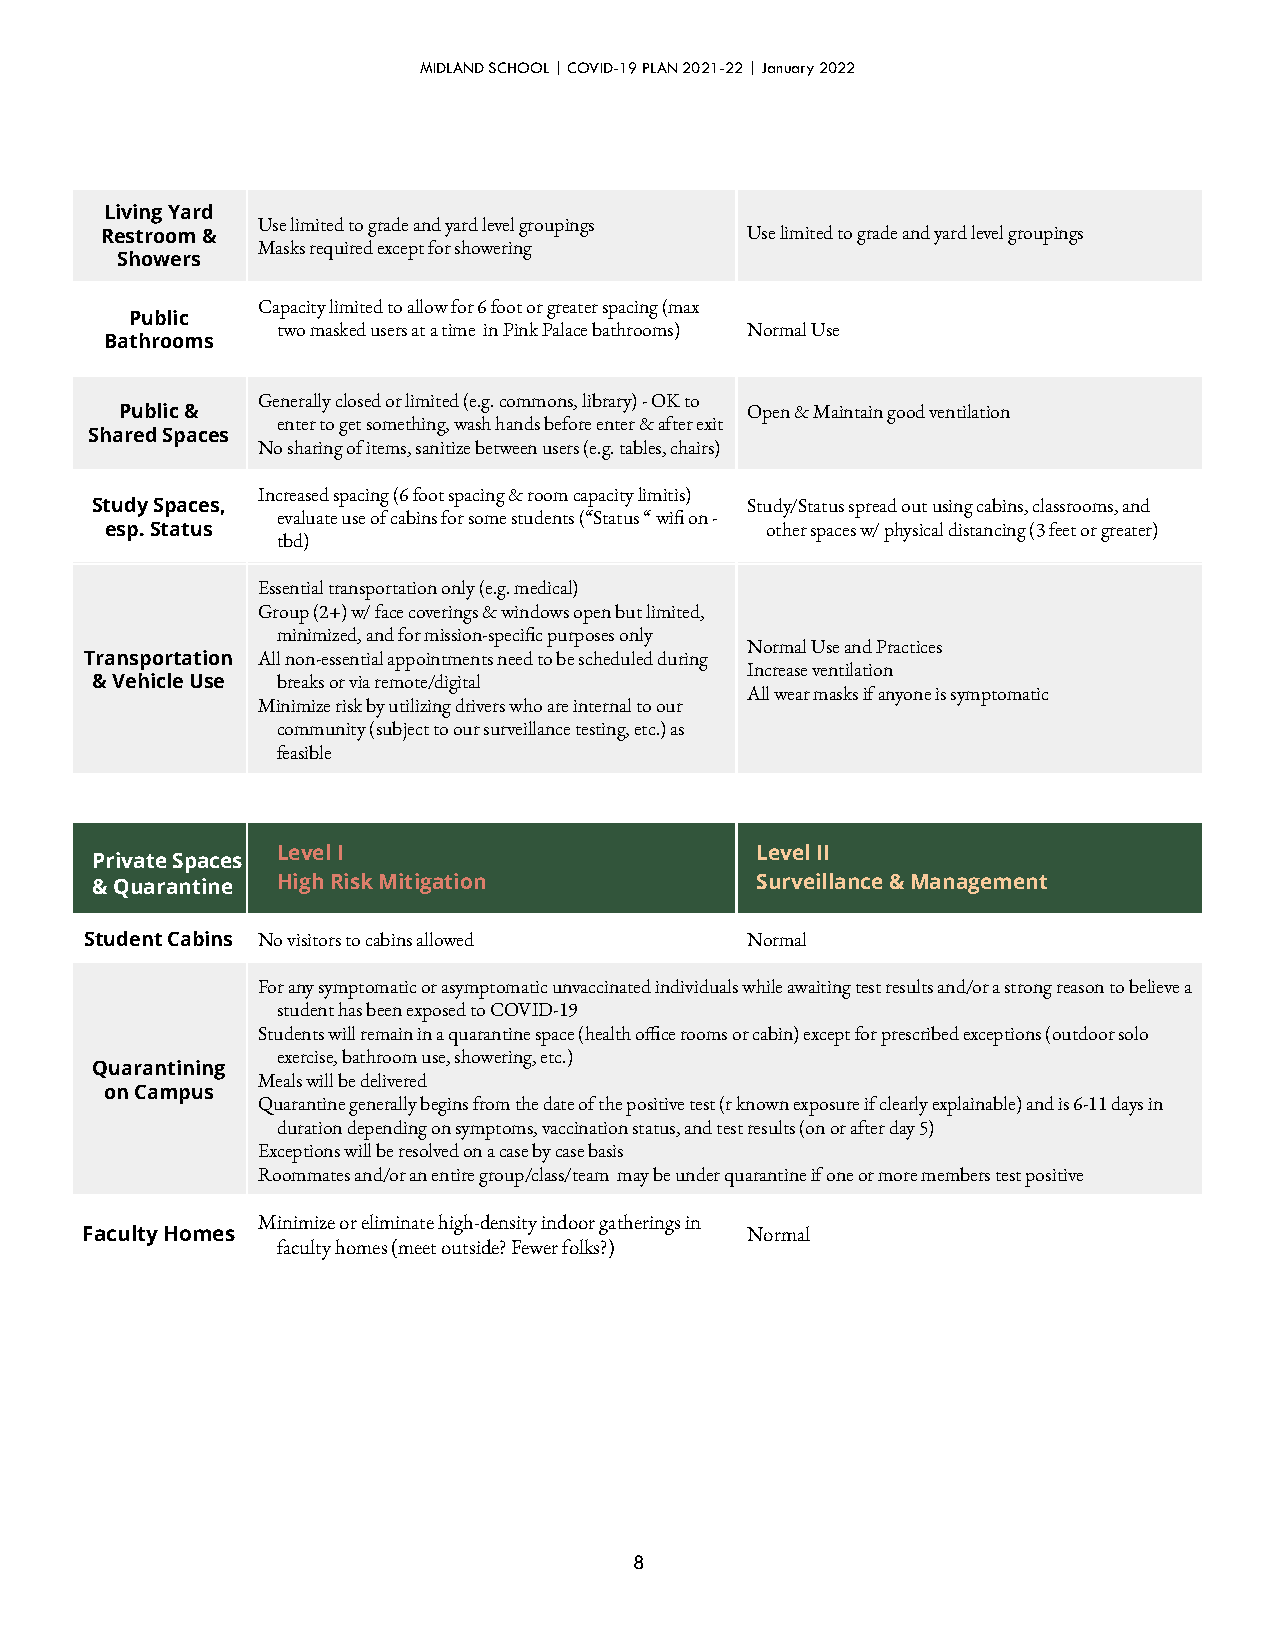
MIDLAND SCHOOL | COVID-19 PLAN 2021-22 | January 2022
 Living Yard
 Use limited to grade and yard level groupings
 Restroom &                                Use limited to grade and yard level groupings
 Masks required except for showering
 Showers
 Capacity limited to allow for 6 foot or greater spacing (max
 Public
 two masked users at a time in Pink Palace bathrooms) Normal Use
 Bathrooms
 Generally closed or limited (e.g. commons, library) - OK to
 Public &                                 Open & Maintain good ventilation
 enter to get something, wash hands before enter & after exit
 Shared Spaces
 No sharing of items, sanitize between users (e.g. tables, chairs)
 Increased spacing (6 foot spacing & room capacity limitis)
 Study Spaces,                              Study/Status spread out using cabins, classrooms, and
 evaluate use of cabins for some students (“Status “ wi on -
 esp. Status                                 other spaces w/ physical distancing (3 feet or greater)
 tbd)
 Essential transportation only (e.g. medical)
 Group (2+) w/ face coverings & windows open but limited,
 minimized, and for mission-specic purposes only
 Normal Use and Practices
 Transportation All non-essential appointments need to be scheduled during
 Increase ventilation
 & Vehicle Use breaks or via remote/digital
 All wear masks if anyone is symptomatic
 Minimize risk by utilizing drivers who are internal to our
 community (subject to our surveillance testing, etc.) as
 feasible
 Level I                         Level II
 Private Spaces
 & Quarantine High Risk Mitigation           Surveillance & Management
 Student Cabins No visitors to cabins allowed Normal
 For any symptomatic or asymptomatic unvaccinated individuals while awaiting test results and/or a strong reason to believe a
 student has been exposed to COVID-19
 Students will remain in a quarantine space (health oce rooms or cabin) except for prescribed exceptions (outdoor solo
 exercise, bathroom use, showering, etc.)
 Quarantining
 Meals will be delivered
 on Campus
 Quarantine generally begins from the date of the positive test (r known exposure if clearly explainable) and is 6-11 days in
 duration depending on symptoms, vaccination status, and test results (on or after day 5)
 Exceptions will be resolved on a case by case basis
 Roommates and/or an entire group/class/team may be under quarantine if one or more members test positive
 Minimize or eliminate high-density indoor gatherings in
 Faculty Homes                               Normal
 faculty homes (meet outside? Fewer folks?)
 8